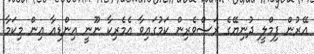
އޭރުން ފިމްލީ ދުނިޔޭގެ ރަސްވެރިން ކަމުގައިވާ އެމެރިކާ ނޫނީ އިންޑިއާ އިން މިކަމާ